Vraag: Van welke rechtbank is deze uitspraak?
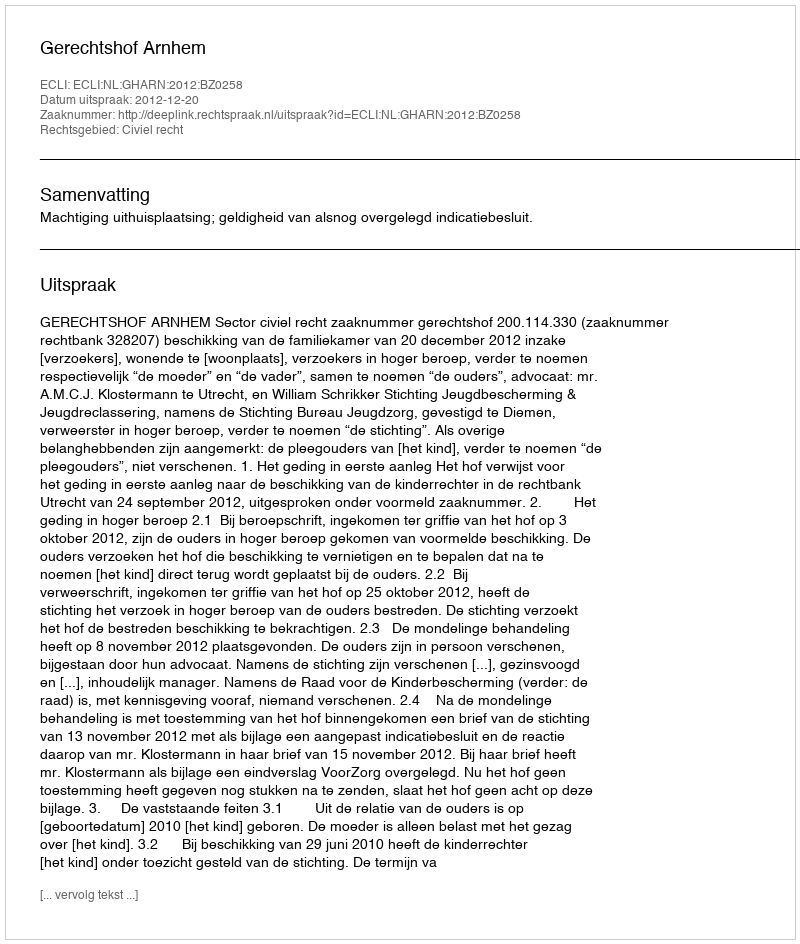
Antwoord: Gerechtshof Arnhem